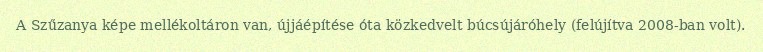
A Szűzanya képe mellékoltáron van, újjáépítése óta közkedvelt búcsújáróhely (felújítva 2008-ban volt).